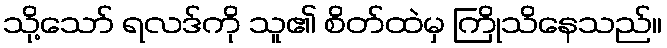
သို့သော် ရလဒ်ကို သူ၏ စိတ်ထဲမှ ကြိုသိနေသည်။